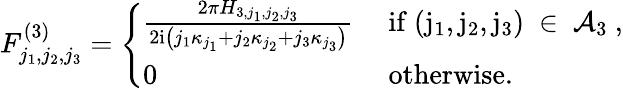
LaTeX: \begin{array}{r}{F_{j_{1},j_{2},j_{3}}^{(3)}=\left\{ \begin{array}{ll}{\frac{2\pi H_{3,j_{1},j_{2},j_{3}}}{2\mathrm{i}\left(j_{1}\kappa_{j_{1}}+j_{2}\kappa_{j_{2}}+j_{3}\kappa_{j_{3}}\right)}}&{\mathrm{~if~(j_1,j_2,j_3)~\in~\mathcal{A}_3~},}\\ {0}&{\mathrm{~otherwise.}}\end{array}\right.}\end{array}